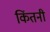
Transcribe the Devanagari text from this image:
किंतनी